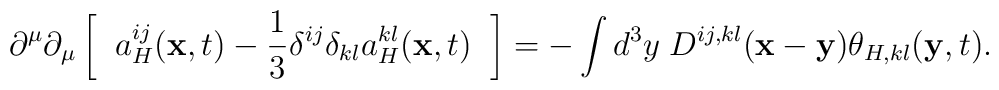
\partial^{\mu}\partial_{\mu}\left [\;\; a_H^{ij}({\bf x},t)-\frac{1}{3}\delta^{ij}\delta_{kl}a_H^{kl}({\bf x},t)\;\;\right ]=-\int d^3y\;D^{ij,kl}({\bf x}-{\bf y})\theta_{H,kl}({\bf y},t).